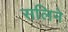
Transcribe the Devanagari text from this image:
सलिने